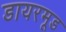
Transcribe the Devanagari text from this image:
डायरमूड